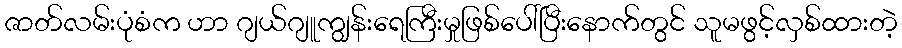
ဇာတ်လမ်းပုံစံက ဟာ ဂျယ်ဂျူကျွန်းရေကြီးမှုဖြစ်ပေါ်ပြီးနောက်တွင် သူမဖွင့်လှစ်ထားတဲ့